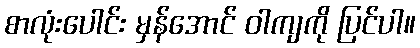
စာလုံးပေါင်း မှန်အောင် ဝါကျကို ပြင်ပါ။